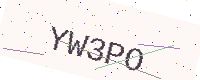
Text: YW3PO